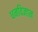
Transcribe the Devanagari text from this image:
धनविज्ञान